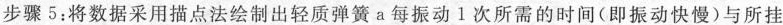
步骤5：将数据采用描点法绘制出轻质弹簧a每振动1次所需的时间(即振动快慢)与所挂